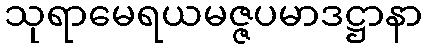
သုရာမေရယမဇ္ဇပမာဒဋ္ဌာနာ